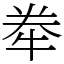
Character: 牶